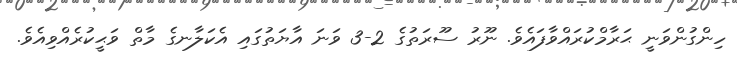
ހިންގުންވަނީ ޙަރާމްކުރައްވާފައެވެ. ނޫރު ސޫރަތުގެ 2-3 ވަނަ އާޔަތުގައި އެކަލާނގެ މާތް ވަޙީކުރެއްވިއެވެ.